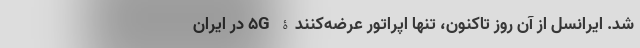
شد. ایرانسل از آن روز تاکنون، تنها اپراتور عرضه‌کنندۀ 5G در ایران